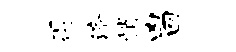
得济悄凶回